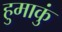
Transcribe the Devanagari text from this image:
हुमाकुं